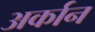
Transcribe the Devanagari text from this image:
अर्कान